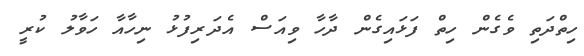
ހިތްދަތި ވެގެން ހިތް ފަޅައިގެން ދާހާ ވިއަސް އެދަރިފުޅު ނިހާއާ ހަވާލު ކުރީ